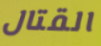
القتال